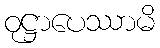
ဝုဋ္ဌာပေဿာမိ